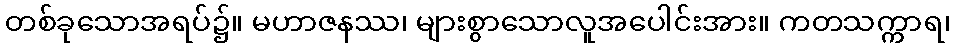
တစ်ခုသောအရပ်၌။ မဟာဇနဿ၊ များစွာသောလူအပေါင်းအား။ ကတသက္ကာရ၊